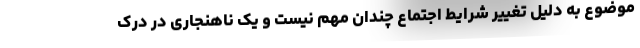
موضوع به دلیل تغییر شرایط اجتماع چندان مهم نیست و یک ناهنجاری در درک